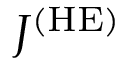
J ^ { \mathrm { ( H E ) } }